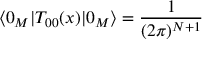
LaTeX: \langle 0 _ { M } | T _ { 0 0 } ( x ) | 0 _ { M } \rangle = \frac { 1 } { ( 2 \pi ) ^ { N + 1 } }